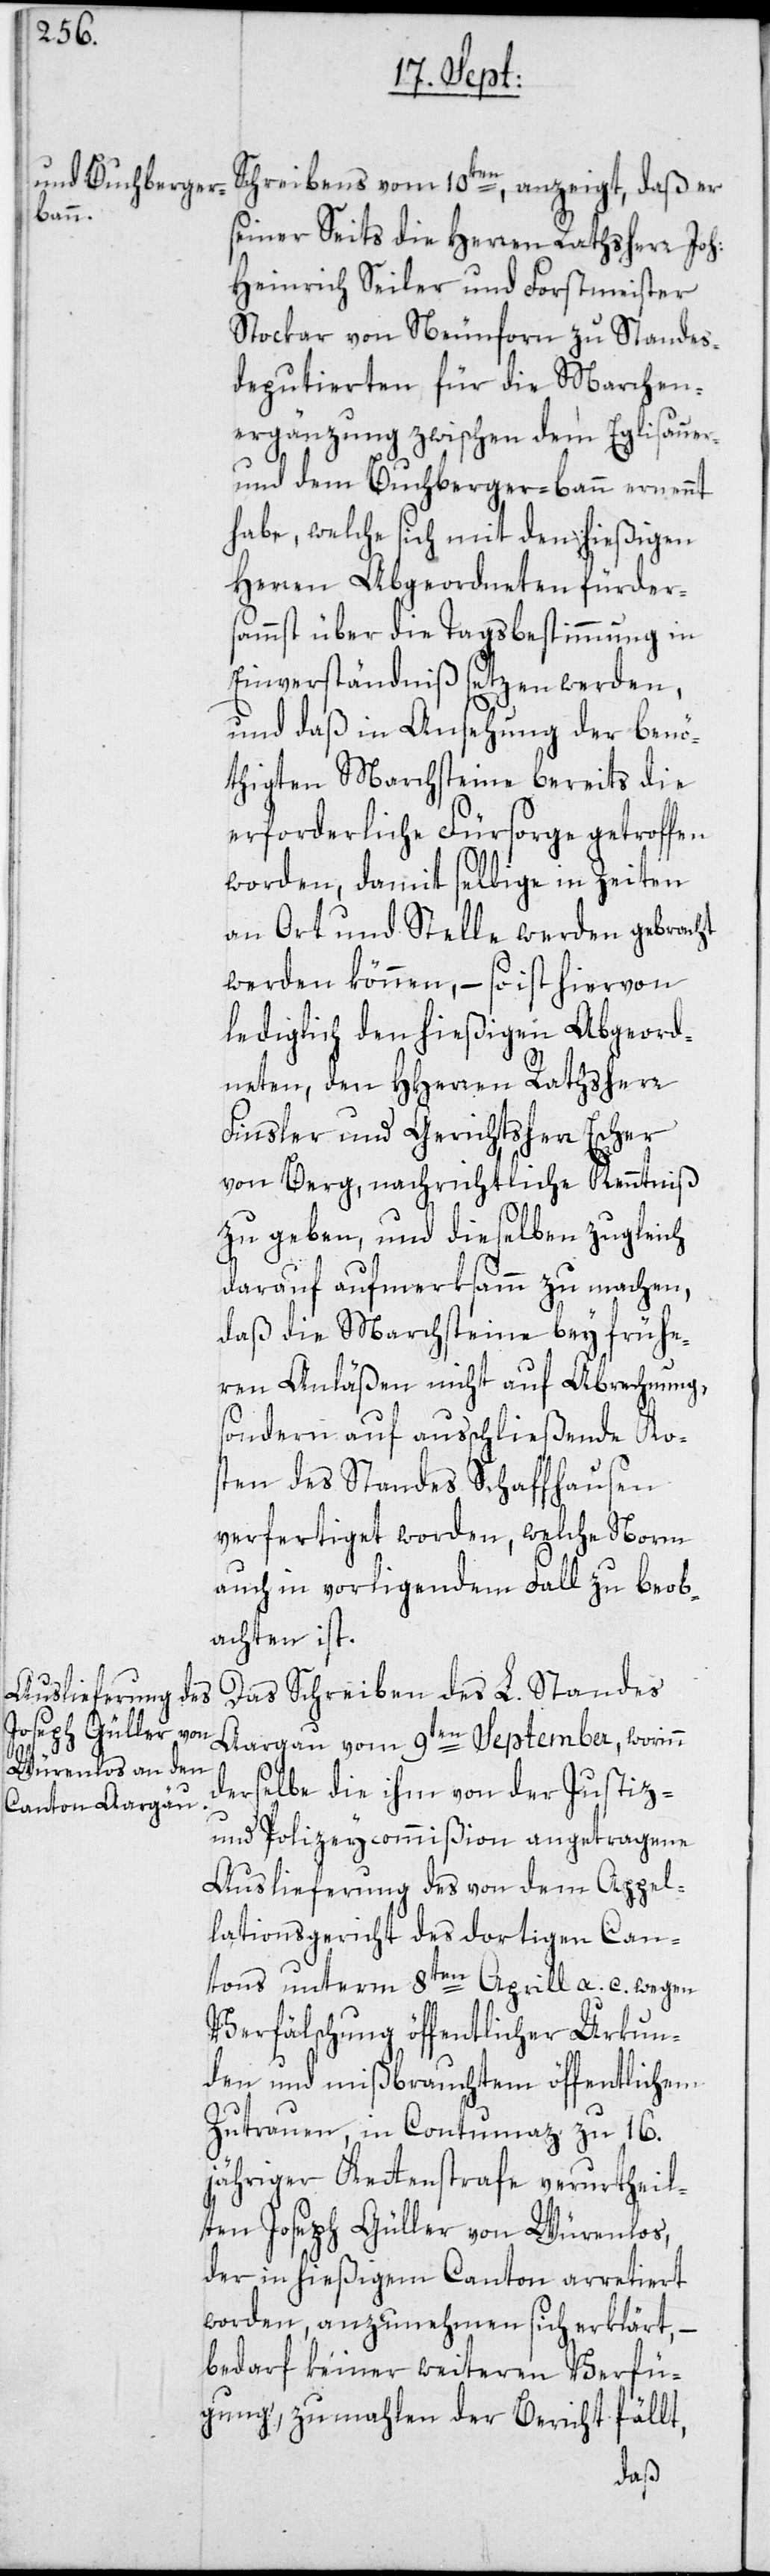
Schreibens vom 10ten, anzeigt, daß er
seiner Seits die Herren Rathsherr Joh:
Heinrich Seiler und Forstmeister
Stockar von Neunforn zu Standes¬
deputierten für die Marchen¬
ergänzung zwischen dem Eglisauer-
und dem Buchberger-bann ernennt
habe, welche sich mit den hießigen
Herren Abgeordneten fürder¬
sammst über die Tagsbestimmung in
Einverständniß setzen werden,
und daß in Ansehung der benö¬
thigten Marchsteine bereits die
erforderliche Fürsorge getroffen
worden, damit selbige in Zeiten
an Ort und Stelle werden gebracht
werden können, – so ist hiervon
lediglich den hießigen Abgeord¬
neten, den HHerren Rathsherr
Finsler und Gerichtsherr Escher
von Berg, nachrichtliche Kenntniß
zu geben, und dieselben zugleich
darauf aufmerksamm zu machen,
daß die Marchsteine bey frühe¬
ren Anläßen nicht auf Abrechnung,
sondern auf ausschließende Kos¬
ten des Standes Schaffhausen
verfertiget worden, welche Norm
auch in vorligendem Fall zu beob¬
achten ist.
Das Schreiben des L. Standes
Aargau vom 9ten September, worinn
derselbe die ihm von der Justiz-
und Polizeycommißion angetragene
Auslieferung des von dem Appel¬
lationsgericht des dortigen Can¬
tons unterm 8ten Aprill a. c. wegen
Verfälschung öffentlicher Urkun¬
den und mißbrauchtem öffentlichem
Zutrauen, in Contumaz zu 16.j¬
ähriger Kettenstrafe verurtheil¬
ten Joseph Güller von Würenlos,
der in hießigem Canton arretiert
worden, anzunehmen sich erklärt, –
bedarf keiner weiteren Verfü¬
gung, zumahlen der Bericht fällt,